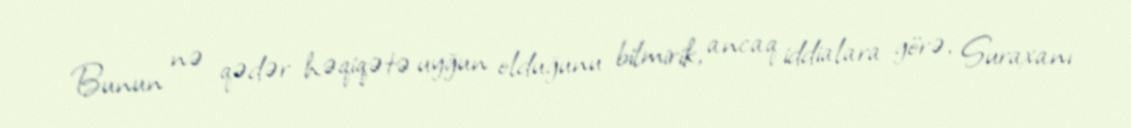
Bunun nə qədər həqiqətə uyğun olduğunu bilmirik, ancaq iddialara görə, Suraxanı